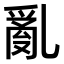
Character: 亂